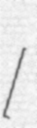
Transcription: [ʒɑ̃